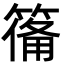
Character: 𮅴